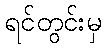
ရင်တွင်းမှ